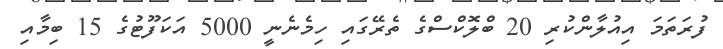
ފުރަތަމަ އިއުލާންކުރި 20 ބްލޮކްސްގެ ތެރޭގައި ހިމެނެނީ 5000 އަކަފޫޓުގެ 15 ބިމާއި